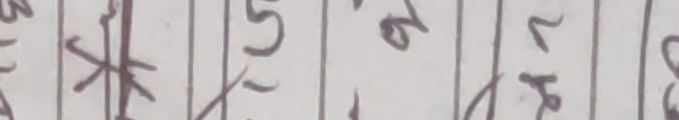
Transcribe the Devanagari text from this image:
२५ मा १८